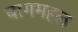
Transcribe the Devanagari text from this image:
बागमहल